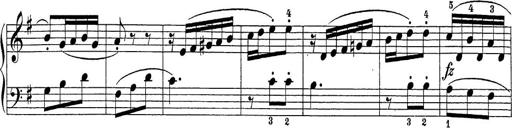
Title: Sonatina Album
Composer: Louis KÃ¶hler